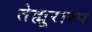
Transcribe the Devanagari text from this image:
तेह्मूरास्प